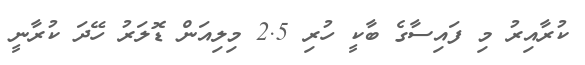
ކުރާއިރު މި ފައިސާގެ ބާކީ ހުރި 2.5 މިލިއަން ޑޮލަރު ހޭދަ ކުރާނީ